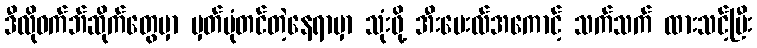
ဒီလိုဝက်ဘ်ဆိုက်တွေမှာ မှတ်ပုံတင်တဲ့နေရာမှာ သုံးဖို့ အီးမေးလ်အကောင့် သက်သက် ထားသင့်ပြီး